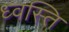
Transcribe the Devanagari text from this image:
ध्वस्ति